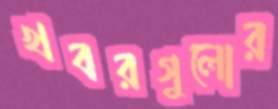
খবরগুলোর